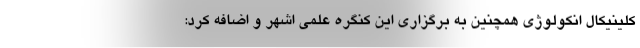
کلینیکال انکولوژی همچنین به برگزاری این کنگره علمی اشهر و اضافه کرد: